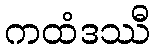
ကထံဒဿီ